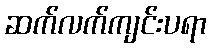
ဆက်လက်ကျင်းပရာ